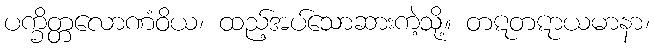
ပက္ခိတ္တလောဏံဝိယ၊ ထည့်အပ်သောဆားကဲ့သို့။ တဋတဋာယမာနာ၊